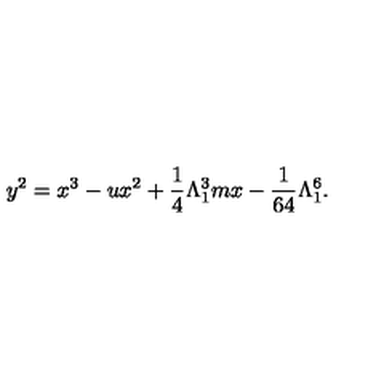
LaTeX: y ^ { 2 } = x ^ { 3 } - u x ^ { 2 } + \frac { 1 } { 4 } \Lambda _ { 1 } ^ { 3 } m x - \frac { 1 } { 6 4 } \Lambda _ { 1 } ^ { 6 } .